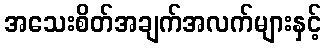
အသေးစိတ်အချက်အလက်များနှင့်